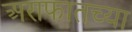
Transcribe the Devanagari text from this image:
अराफातच्या